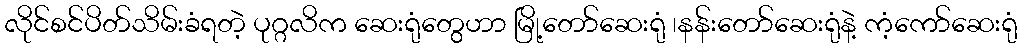
လိုင်စင်ပိတ်သိမ်းခံရတဲ့ ပုဂ္ဂလိက ဆေးရုံတွေဟာ မြို့တော်ဆေးရုံ ၊နန်းတော်ဆေးရုံနဲ့ ကံ့ကော်ဆေးရုံ